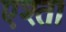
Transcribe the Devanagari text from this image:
एश्ता